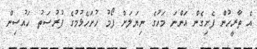
އެ ތާރީހުން ފެށިގެން އަންނަ މަހުގެ ނިޔަލަށް ފޯމު ހުށަހެޅުމުގެ ފުރުސަތު ހައުސިން